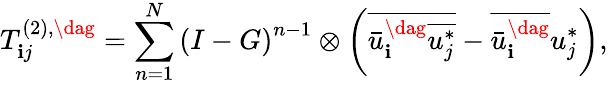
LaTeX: T_{\mathbf{i}j}^{\left(2\right),\dag}=\sum_{n=1}^{N}{{{\left({I-G}\right)}^{n-1}}\otimes\left({\overline{{{\bar{{u}}_{\mathbf{i}}^{\dag}\overline{{{u_{j}^{*}}}}}}}-\overline{{{\bar{{u}}_{\mathbf{i}}^{\dag}}}}u_{j}^{*}}\right)},